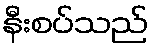
နီးစပ်သည်